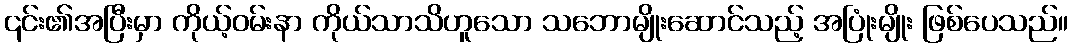
၎င်း၏အပြီးမှာ ကိုယ့်ဝမ်းနာ ကိုယ်သာသိဟူသော သဘောမျိုးဆောင်သည့် အပြုံးမျိုး ဖြစ်ပေသည်။